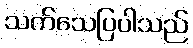
သက်သေပြပါသည်